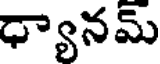
ధ్యానమ్